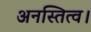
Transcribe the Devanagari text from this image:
अनस्तित्व।